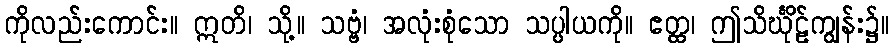
ကိုလည်းကောင်း။ ဣတိ၊ သို့။ သဗ္ဗံ၊ အလုံးစုံသော သပ္ပါယကို။ ဧတ္ထ၊ ဤသိင်္ဃိုဠ်ကျွန်း၌။